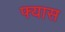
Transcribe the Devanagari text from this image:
फ्यास